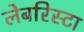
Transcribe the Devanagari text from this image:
लेबरिस्टा